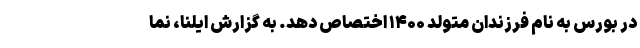
در بورس به نام فرزندان متولد ۱۴۰۰ اختصاص دهد. به گزارش ایلنا، نما